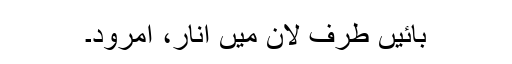
بائیں طرف لان میں انار، امرود۔